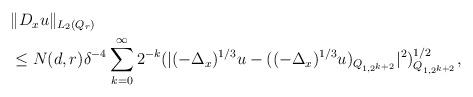
LaTeX: \begin{align*}\begin{aligned} &\| D_x u \|_{ L_2 (Q_r)} \\ &\leq N (d, r) \delta^{-4} \sum_{k = 0}^{\infty} 2^{-k} (|(-\Delta_x)^{1/3} u - ((-\Delta_x)^{1/3} u)_{ Q_{1, 2^{k +2} } }|^2)_{ Q_{1, 2^{k+2}}}^{ 1/2 }, \end{aligned} \end{align*}